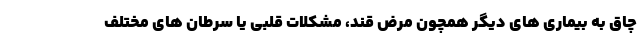
چاق به بیماری های دیگر همچون مرض قند، مشکلات قلبی یا سرطان های مختلف